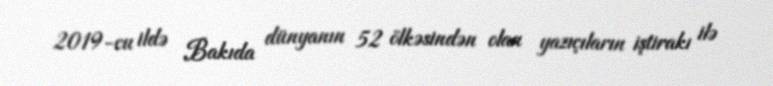
2019-cu ildə Bakıda dünyanın 52 ölkəsindən olan yazıçıların iştirakı ilə